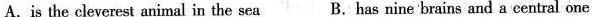
A.is the cleverest animal in the sea B.Has nine brains and a central one